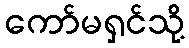
ကော်မရှင်သို့